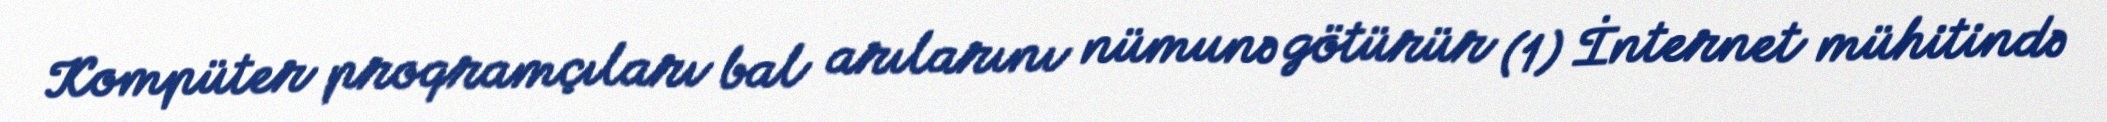
Kompüter proqramçıları bal arılarını nümunə götürür (1) İnternet mühitində